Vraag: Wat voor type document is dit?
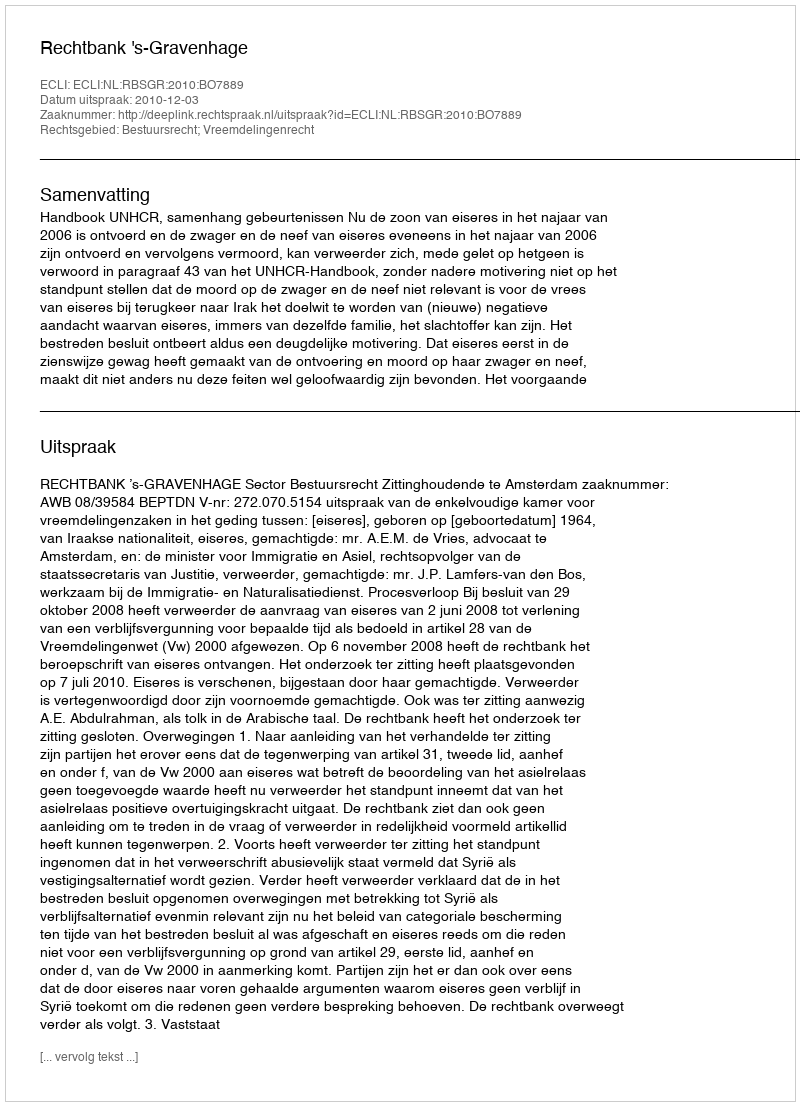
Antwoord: Uitspraak